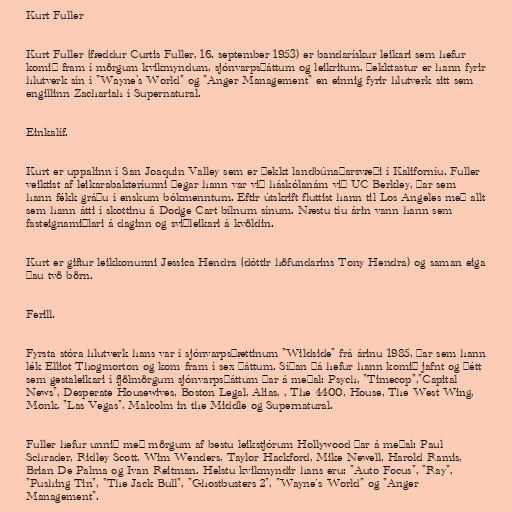
Kurt Fuller

Kurt Fuller (fæddur Curtis Fuller, 16. september 1953) er bandarískur leikari sem hefur
komið fram í mörgum kvikmyndum, sjónvarpsþáttum og leikritum. Þekktastur er hann fyrir
hlutverk sín í "Wayne's World" og "Anger Management" en einnig fyrir hlutverk sitt sem
engillinn Zachariah í Supernatural.

Einkalíf.

Kurt er uppalinn í San Joaquin Valley sem er þekkt landbúnaðarsvæði í Kaliforníu. Fuller
veiktist af leikarabakteríunni þegar hann var við háskólanám við UC Berkley, þar sem
hann fékk gráðu í enskum bókmenntum. Eftir útskrift fluttist hann til Los Angeles með allt
sem hann átti í skottinu á Dodge Cart bílnum sínum. Næstu tíu árin vann hann sem
fasteignamiðlari á daginn og sviðleikari á kvöldin.

Kurt er giftur leikkonunni Jessica Hendra (dóttir höfundarins Tony Hendra) og saman eiga
þau tvö börn.

Ferill.

Fyrsta stóra hlutverk hans var í sjónvarpsþættinum "Wildside" frá árinu 1985, þar sem hann
lék Elliot Thogmorton og kom fram í sex þáttum. Síðan þá hefur hann komið jafnt og þétt
sem gestaleikari í fjölmörgum sjónvarpsþáttum þar á meðal: Psych, "Timecop","Capital
News", Desperate Housewives, Boston Legal, Alias, , The 4400, House, The West Wing,
Monk, "Las Vegas", Malcolm in the Middle og Supernatural.

Fuller hefur unnið með mörgum af bestu leikstjórum Hollywood þar á meðal: Paul
Schrader, Ridley Scott, Wim Wenders, Taylor Hackford, Mike Newell, Harold Ramis,
Brian De Palma og Ivan Reitman. Helstu kvikmyndir hans eru: "Auto Focus", "Ray",
"Pushing Tin", "The Jack Bull", "Ghostbusters 2", "Wayne´s World" og "Anger
Management".